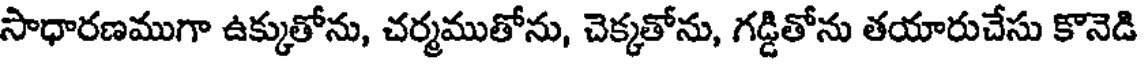
సాధారణముగా ఉక్కుతోను, చర్మముతోను, చెక్కతోను, గడ్డితోను తయారుచేసు కొనెడి